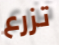
تزرع